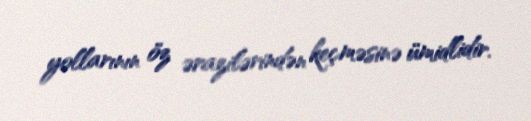
yollarının öz ərazilərindən keçməsinə ümidlidir.